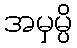
အမှမ္ပိ